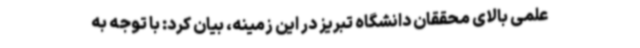
علمی بالای محققان دانشگاه تبریز در این زمینه، بیان کرد: با توجه به